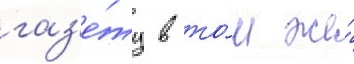
газ'е́ту в то́м же́